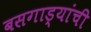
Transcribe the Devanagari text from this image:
बसगाड्यांची